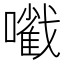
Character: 㘍